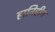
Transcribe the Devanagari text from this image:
हानिहीन